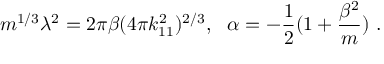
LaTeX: m ^ { 1 / 3 } \lambda ^ { 2 } = 2 \pi \beta ( 4 \pi k _ { 1 1 } ^ { 2 } ) ^ { 2 / 3 } , \ \ \alpha = - { \frac { 1 } { 2 } } ( 1 + { \frac { \beta ^ { 2 } } { m } } ) \ .